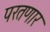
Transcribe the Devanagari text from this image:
परतणार